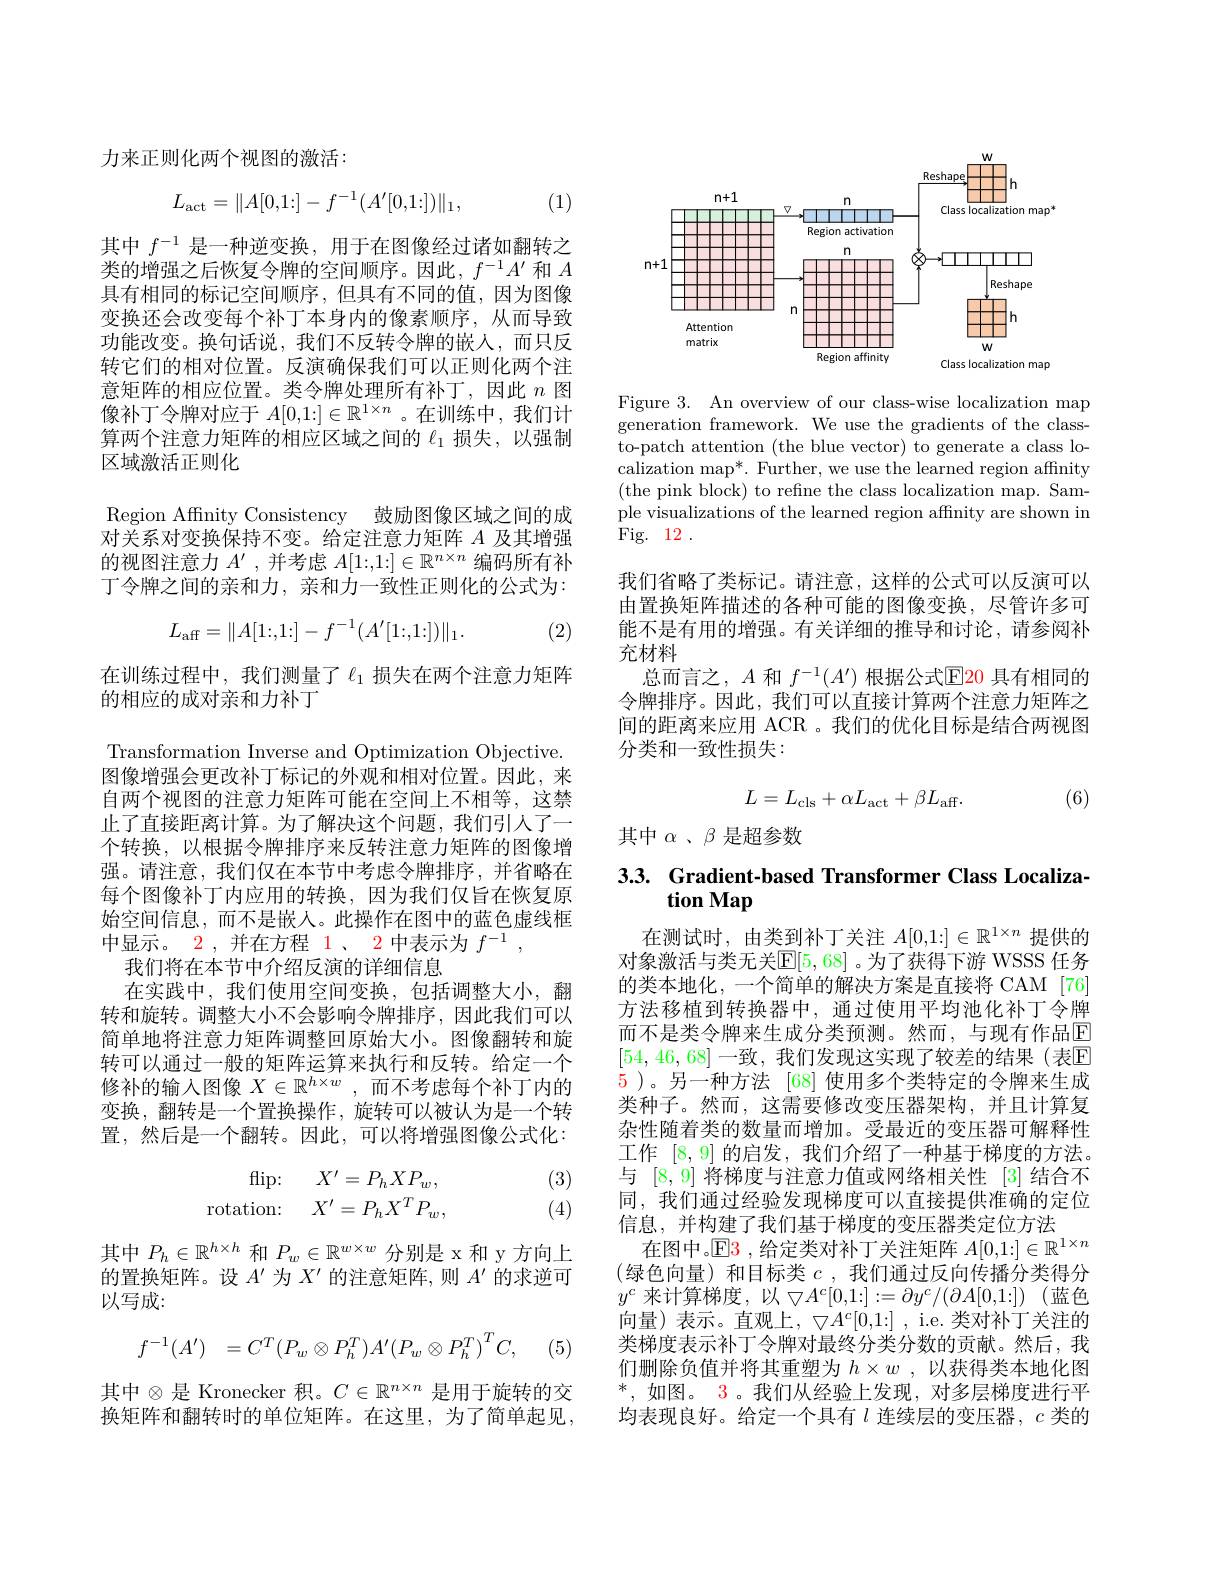
力来正则化两个视图的激活：
$$L_{\mathrm{act}}=\|A[0,1:]-f^{-1}(A'[0,1:])\|_{1},$$
(1)

其中$f^{-1}$是一种逆变换，用于在图像经过诸如翻转之类的增强之后恢复令牌的空间顺序。因此，$f^-1A^{\prime}$和$A$ 具有相同的标记空间顺序，但具有不同的值，因为图像变换还会改变每个补丁本身内的像素顺序，从而导致功能改变。换句话说，我们不反转令牌的嵌入，而只反转它们的相对位置。反演确保我们可以正则化两个注意矩阵的相应位置。类令牌处理所有补丁，因此$n$图像补丁令牌对应于$A[0,1:]\in\mathbb{R}^{1\times n}$ 。在训练中，我们计算两个注意力矩阵的相应区域之间的$\ell_{1}$损失，以强制区域激活正则化

Region Affinity Consistency 鼓励图像区域之间的成对关系对变换保持不变。给定注意力矩阵$A$及其增强的视图注意力$A^{\prime}$ ,并考虑$A[1:,1:]\in\mathbb{R}^{n\times n}$编码所有补丁令牌之间的亲和力，亲和力一致性正则化的公式为：
$$L_{\mathrm{aff}}=\|A[1:,1:]-f^{-1}(A'[1:,1:])\|_{1}.$$
(2)

在训练过程中，我们测量了$\ell_1$ 损失在两个注意力矩阵
的相应的成对亲和力补丁

Transformation Inverse and Optimization Objective. 图像增强会更改补丁标记的外观和相对位置。因此，来自两个视图的注意力矩阵可能在空间上不相等，这禁止了直接距离计算。为了解决这个问题，我们引人了一个转换，以根据令牌排序来反转注意力矩阵的图像增强。请注意，我们仅在本节中考虑令牌排序，并省略在每个图像补丁内应用的转换，因为我们仅旨在恢复原始空间信息，而不是嵌入。此操作在图中的蓝色虚线框中显示。$\color{red}2$,并在方程 1、 2 中表示为$f^-1$,
我们将在本节中介绍反演的详细信息
在实践中，我们使用空间变换，包括调整大小，翻转和旋转。调整大小不会影响令牌排序，因此我们可以简单地将注意力矩阵调整回原始大小。图像翻转和旋转可以通过一般的矩阵运算来执行和反转。给定一个修补的输入图像$X\in\mathbb{R}^h\times w$ ,而不考虑每个补丁内的变换，翻转是一个置换操作，旋转可以被认为是一个转置，然后是一个翻转。因此，可以将增强图像公式化：
(3)
$$\begin{array}{rcl}\text{flip:}&\quad X'=P_hXP_w,\\\text{rotation:}&\quad X'=P_hX^TP_w,\end{array}$$
(4)

其中$P_h\in\mathbb{R}^{h\times h}$和$P_w\in\mathbb{R}^w\times w$分别是 x 和 y 方向上的置换矩阵。设$A^\prime$为$X^{\prime}$的注意矩阵，则$A^\prime$的求逆可以写成：
$$\begin{array}{rl}f^{-1}(A')&=C^T(P_w\otimes P_h^T)A'(P_w\otimes P_h^T)^TC,\end{array}$$
(5

其中$\otimes$是 Kronecker 积。$C\in\mathbb{R}^n\times n$ 是用于旋转的交换矩阵和翻转时的单位矩阵。在这里，为了简单起见，

<FigureHere>

Figure 3. An overview of our class-wise localization map generation framework. We use the gradients of the classto-patch attention (the blue vector) to generate a class localization map*. Further, we use the learned region affinity (the pink block) to refine the class localization map. Sample visualizations of the learned region affnity are shown in Fig. 12 .

我们省略了类标记。请注意，这样的公式可以反演可以由置换矩阵描述的各种可能的图像变换，尽管许多可能不是有用的增强。有关详细的推导和讨论，请参阅补充材料
总而言之，$A$和$f^{-1}(A^{\prime})$根据公式$\color{red}{\mathrm{E}}\color{blue}{\mathrm{E}}\color{red}{\mathrm{E}}\color{red}{\mathrm{E}}\color{red}{\mathrm{E}}\color{red}{\mathrm{E}}\color{red}{\mathrm{E}}\color{red}{\mathrm{E}}\color{red}{\mathrm{E}}\color{red}{\mathrm{E}}\color{red}{\mathrm{E}}\color\color{red}{\mathrm{E}}{\mathrm{E}}\color{red}{\mathrm{E}}\color{red}{\mathrm{E}}\color{red}{\mathrm{E}}\color{red}{\mathrm{E}}\color{red}{\mathrm{E}}\color{red}{\mathrm{E}}\color{red}{\mathrm{E}}\color{red}$ 令牌排序。因此，我们可以直接计算两个注意力矩阵之间的距离来应用 ACR 。我们的优化目标是结合两视图分类和一致性损失：
$$L=L_{\mathrm{cls}}+\alpha L_{\mathrm{act}}+\beta L_{\mathrm{aff}}.$$
(6)

其中$\alpha$ $、 \beta$是超参数

## 3.3. Gradient-based Transformer Class Localization Map

在测试时，由类到补丁关注$A[0,1:]\in\mathbb{R}^{1\times n}$提供的对象激活与类无关$\mathbb{E}[5,68]$ 。为了获得下游 WSSS 任务的类本地化，一个简单的解决方案是直接将 CAM [76] 方法移植到转换器中，通过使用平均池化补丁令牌而不是类令牌来生成分类预测。然而，与现有作品$\mathbb{E}$ [54,46,68] 一致，我们发现这实现了较差的结果(表$\mathbb{E}$ 5 )。另一种方法 [68] 使用多个类特定的令牌来生成类种子。然而，这需要修改变压器架构，并且计算复杂性随着类的数量而增加。受最近的变压器可解释性工作[8,9]的启发，我们介绍了一种基于梯度的方法。与[8,9]将梯度与注意力值或网络相关性 [3]结合不同，我们通过经验发现梯度可以直接提供准确的定位信息，并构建了我们基于梯度的变压器类定位方法
在图中。$\operatorname{E3}$ ,给定类对补丁关注矩阵$A[0,1:]\in\mathbb{R}^1\times n$ (绿色向量)和目标类 $c$, 我们通过反向传播分类得分$y^c$ 来计算梯度，以$\bigtriangledown A^c[ 0, 1: ] : = \partial y^c/ ( \partial A[ 0, 1: ] )$ (蓝色向量)表示。直观上，$\bigtriangledown A^c[0,1:]$,i.e.类对补丁关注的类梯度表示补丁令牌对最终分类分数的贡献。然后，我们删除负值并将其重塑为$h\times w$ , 以获得类本地化图$^*$,如图。3。我们从经验上发现，对多层梯度进行平均表现良好。给定一个具有$l$连续层的变压器，$c$类的